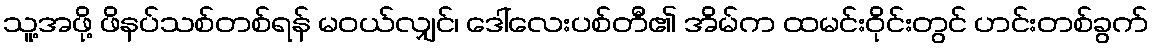
သူ့အဖို့ ဖိနပ်သစ်တစ်ရန် မဝယ်လျှင်၊ ဒေါ်လေးပစ်တီ၏ အိမ်က ထမင်းဝိုင်းတွင် ဟင်းတစ်ခွက်